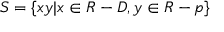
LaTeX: S = \{ x y | x \in R - D , y \in R - { \mathfrak { p } } \}